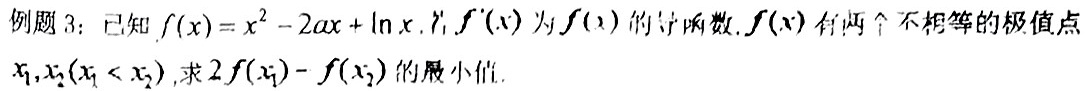
例题3：已知$f(x)=x^{2}-2ax+\ln x$，$f^{\prime}(x)$为$f(x)$的导函数，$f(x)$有两个不相等的极值点$x_{1},x_{2}(x_{1}<x_{2})$，求$2f(x_{1})-f(x_{2})$的最小值.